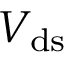
V _ { \mathrm { d s } }